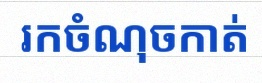
រកចំណុចកាត់